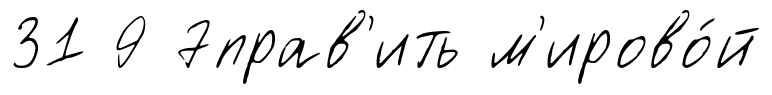
31 9 7прав'ить м'ирово́й